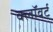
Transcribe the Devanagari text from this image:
क्लॉवर्ट